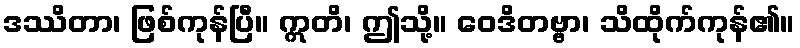
ဒဿိတာ၊ ဖြစ်ကုန်ပြီ။ ဣတိ၊ ဤသို့။ ဝေဒိတဗ္ဗာ၊ သိထိုက်ကုန်၏။